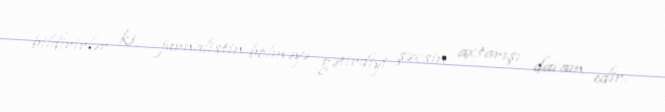
bildirirlər ki, jurnalistin bölməyə gətirdiyi şəxsin axtarışı davam edir.